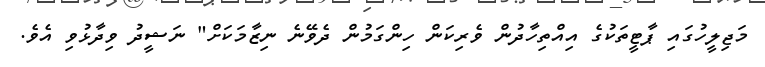
މަޖިލީހުގައި ޕާޓީތަކުގެ އިއްތިހާދުން ވެރިކަން ހިންގަމުން ދެވޭނެ ނިޒާމަކަށް" ނަޝީދު ވިދާޅުވި އެވެ.